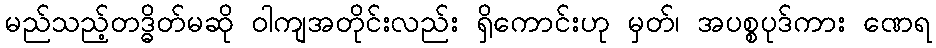
မည်သည့်တဒ္ဓိတ်မဆို ဝါကျအတိုင်းလည်း ရှိကောင်းဟု မှတ်၊ အပစ္စပုဒ်ကား ဏေရ